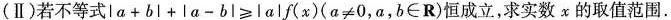
(Ⅱ)若不等式 $$\left | a + b \right | + \left | a - b \right | ≥ \left | a \right | f ( x ) $$ ( $$α ≠ 0$$，a，b∈R)恒成立，求实数x的取值范围.